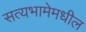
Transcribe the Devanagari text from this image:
सत्यभामेमधील